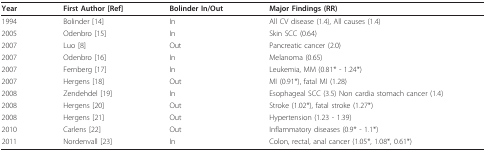
| Year | First Author [Ref] | Bolinder In/Out | Major Findings (RR) |
 | --- | --- | --- | --- |
 | 1994 | Bolinder [14] | In | All CV disease (1.4), All causes (1.4) |
 | 2005 | Odenbro [15] | In | Skin SCC (0.64) |
 | 2007 | Luo [8] | Out | Pancreatic cancer (2.0) |
 | 2007 | Odenbro [16] | In | Melanoma (0.65) |
 | 2007 | Fernberg [17] | In | Leukemia, MM (0.81* - 1.24*) |
 | 2007 | Hergens [18] | Out | MI (0.91*), fatal MI (1.28) |
 | 2008 | Zendehdel [19] | In | Esophageal SCC (3.5) Non cardia stomach cancer (1.4) |
 | 2008 | Hergens [20] | Out | Stroke (1.02*), fatal stroke (1.27*) |
 | 2008 | Hergens [21] | Out | Hypertension (1.23 - 1.39) |
 | 2010 | Carlens [22] | Out | Inflammatory diseases (0.9* - 1.1*) |
 | 2011 | Nordenvall [23] | In | Colon, rectal, anal cancer (1.05*, 1.08*, 0.61*) |